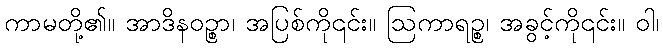
ကာမတို့၏။ အာဒိနဝဉ္စာ၊ အပြစ်ကို၎င်း။ ဩကာရဉ္စ၊ အခွင့်ကို၎င်း။ ဝါ၊